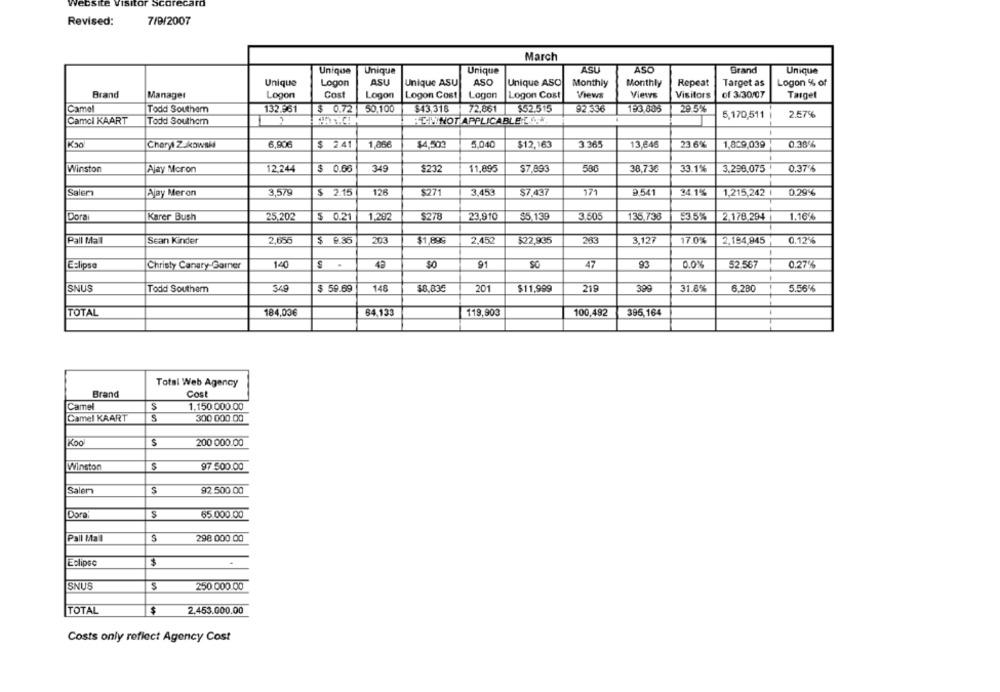
7/9/2007
Revised:
March
ASU
ASO
Brand
Unique
Unique
Unique
Unique
Unique
Logon
ASU
Unique ASU
ASO
Unique ASO
Monthly
Monthly
Repeat
Target as
Logon % of
Brand
Manager
Logon
Cost
Logon
Logon Cost
Logon
Logon Cost
Views
Views
Visitors
of 3/30/07
Taiget
Camel
Todd Southam
132.361
$ 0.72
50,100
$43.318
72,861
$52.515
193,885
29.5%
5,170,511
257%
Camcl KAART
Todd Southern
BEIMNOT APPLICABLE LISA
Cheryl ZUkowski
6,906
$ 2.41
1,866
$4,503
5.040
$12,163
3365
13,646
23.6%
1,8 9,039
0.38%
Winston
Ajay Moron
12.244
$ 0.68
349
$232
11,895
$7,893
580
38.736
33.1%
3.298,075
0.37%
Salem
Ajay Meron
3,579
$ 2.15
126
$271
3,453
$7,437
171
P541
34.1%
1,215,242 l
0.29%
Dora
Karer Bush
25,202
$ 0.21
1,292
$278
23,910
$5.130
3.505
135.738
3.5%
2.178.294
1.16%
Pall Mall
Sean Kinder
2,656
$ 9.35
203
$1,899
2,452
$22,935
283
3.127
17.0%
2,194,945
0.12%
Eclipse
Christy Canary-Garner
140
91
SC
47
93
0.0%
52.567
0.27%
SNUS
Todd Southem
349
$ 59.69
148
$8,035
201
$11,999
219
399
31.8%
6.280
5.56%
TOTAL
184,03€
64.133
119,903
395,164
100,492
Total Web Agency
Brand
Cost
Camel
S
1.150.000.00
Camel KAART
S
300 000.00
Koo
S
200 000.00
Winston
97 500.00
Salem
S
92 500 00
Dora
65.000.00
Pall Mall
S
298 000.00
$
Eclipse
SNUS
$
250 000.00
$
TOTAL
2.453.000.00
Costs only reflect Agency Cost